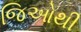
જિઓથી